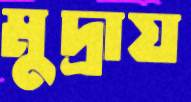
মুদ্রায়